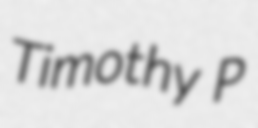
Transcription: Timothy P